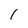
Character: 1